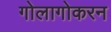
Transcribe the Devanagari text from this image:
गोलागोकरन